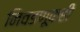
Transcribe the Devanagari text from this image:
निवडणूकही